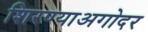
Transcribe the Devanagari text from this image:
शिरण्याअगोदर